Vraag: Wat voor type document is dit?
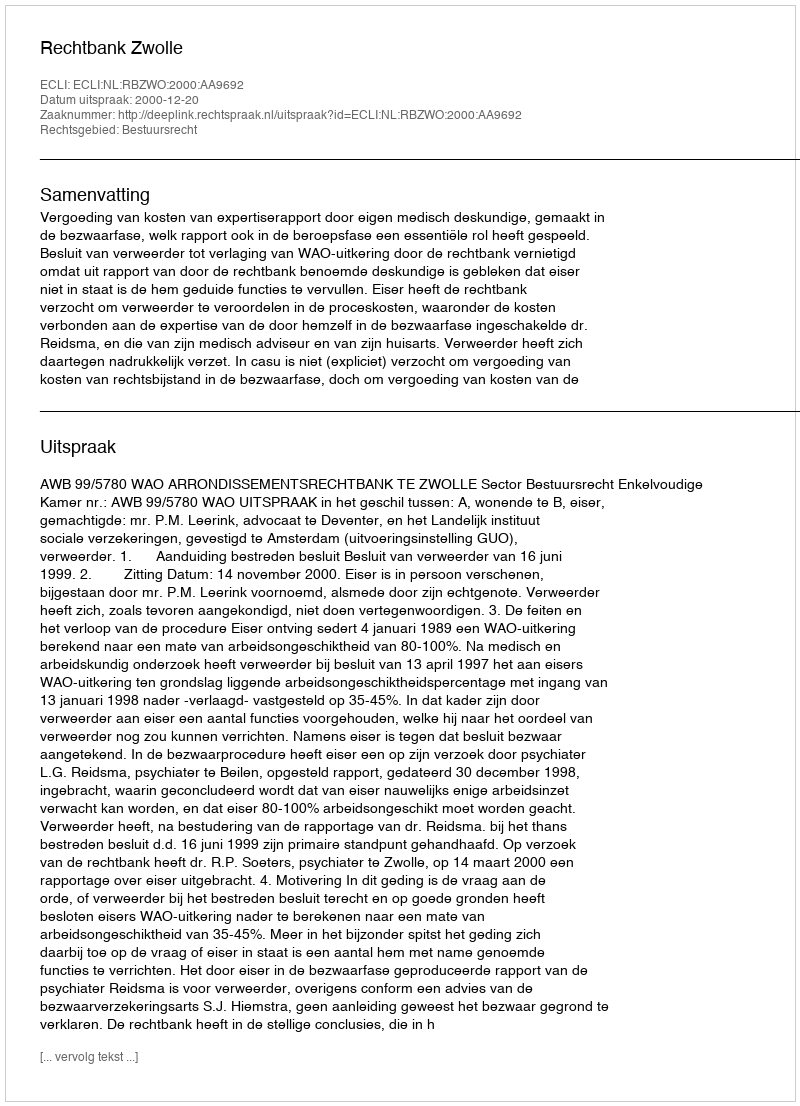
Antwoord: Uitspraak